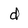
Character: d